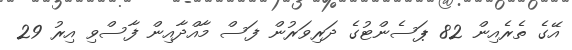
އޭގެ ތެރެއިން 82 ޕަސެންޓުގެ ދަރިވަރުން ފަސް މާއްދާއިން ފާސްވި އިރު 29